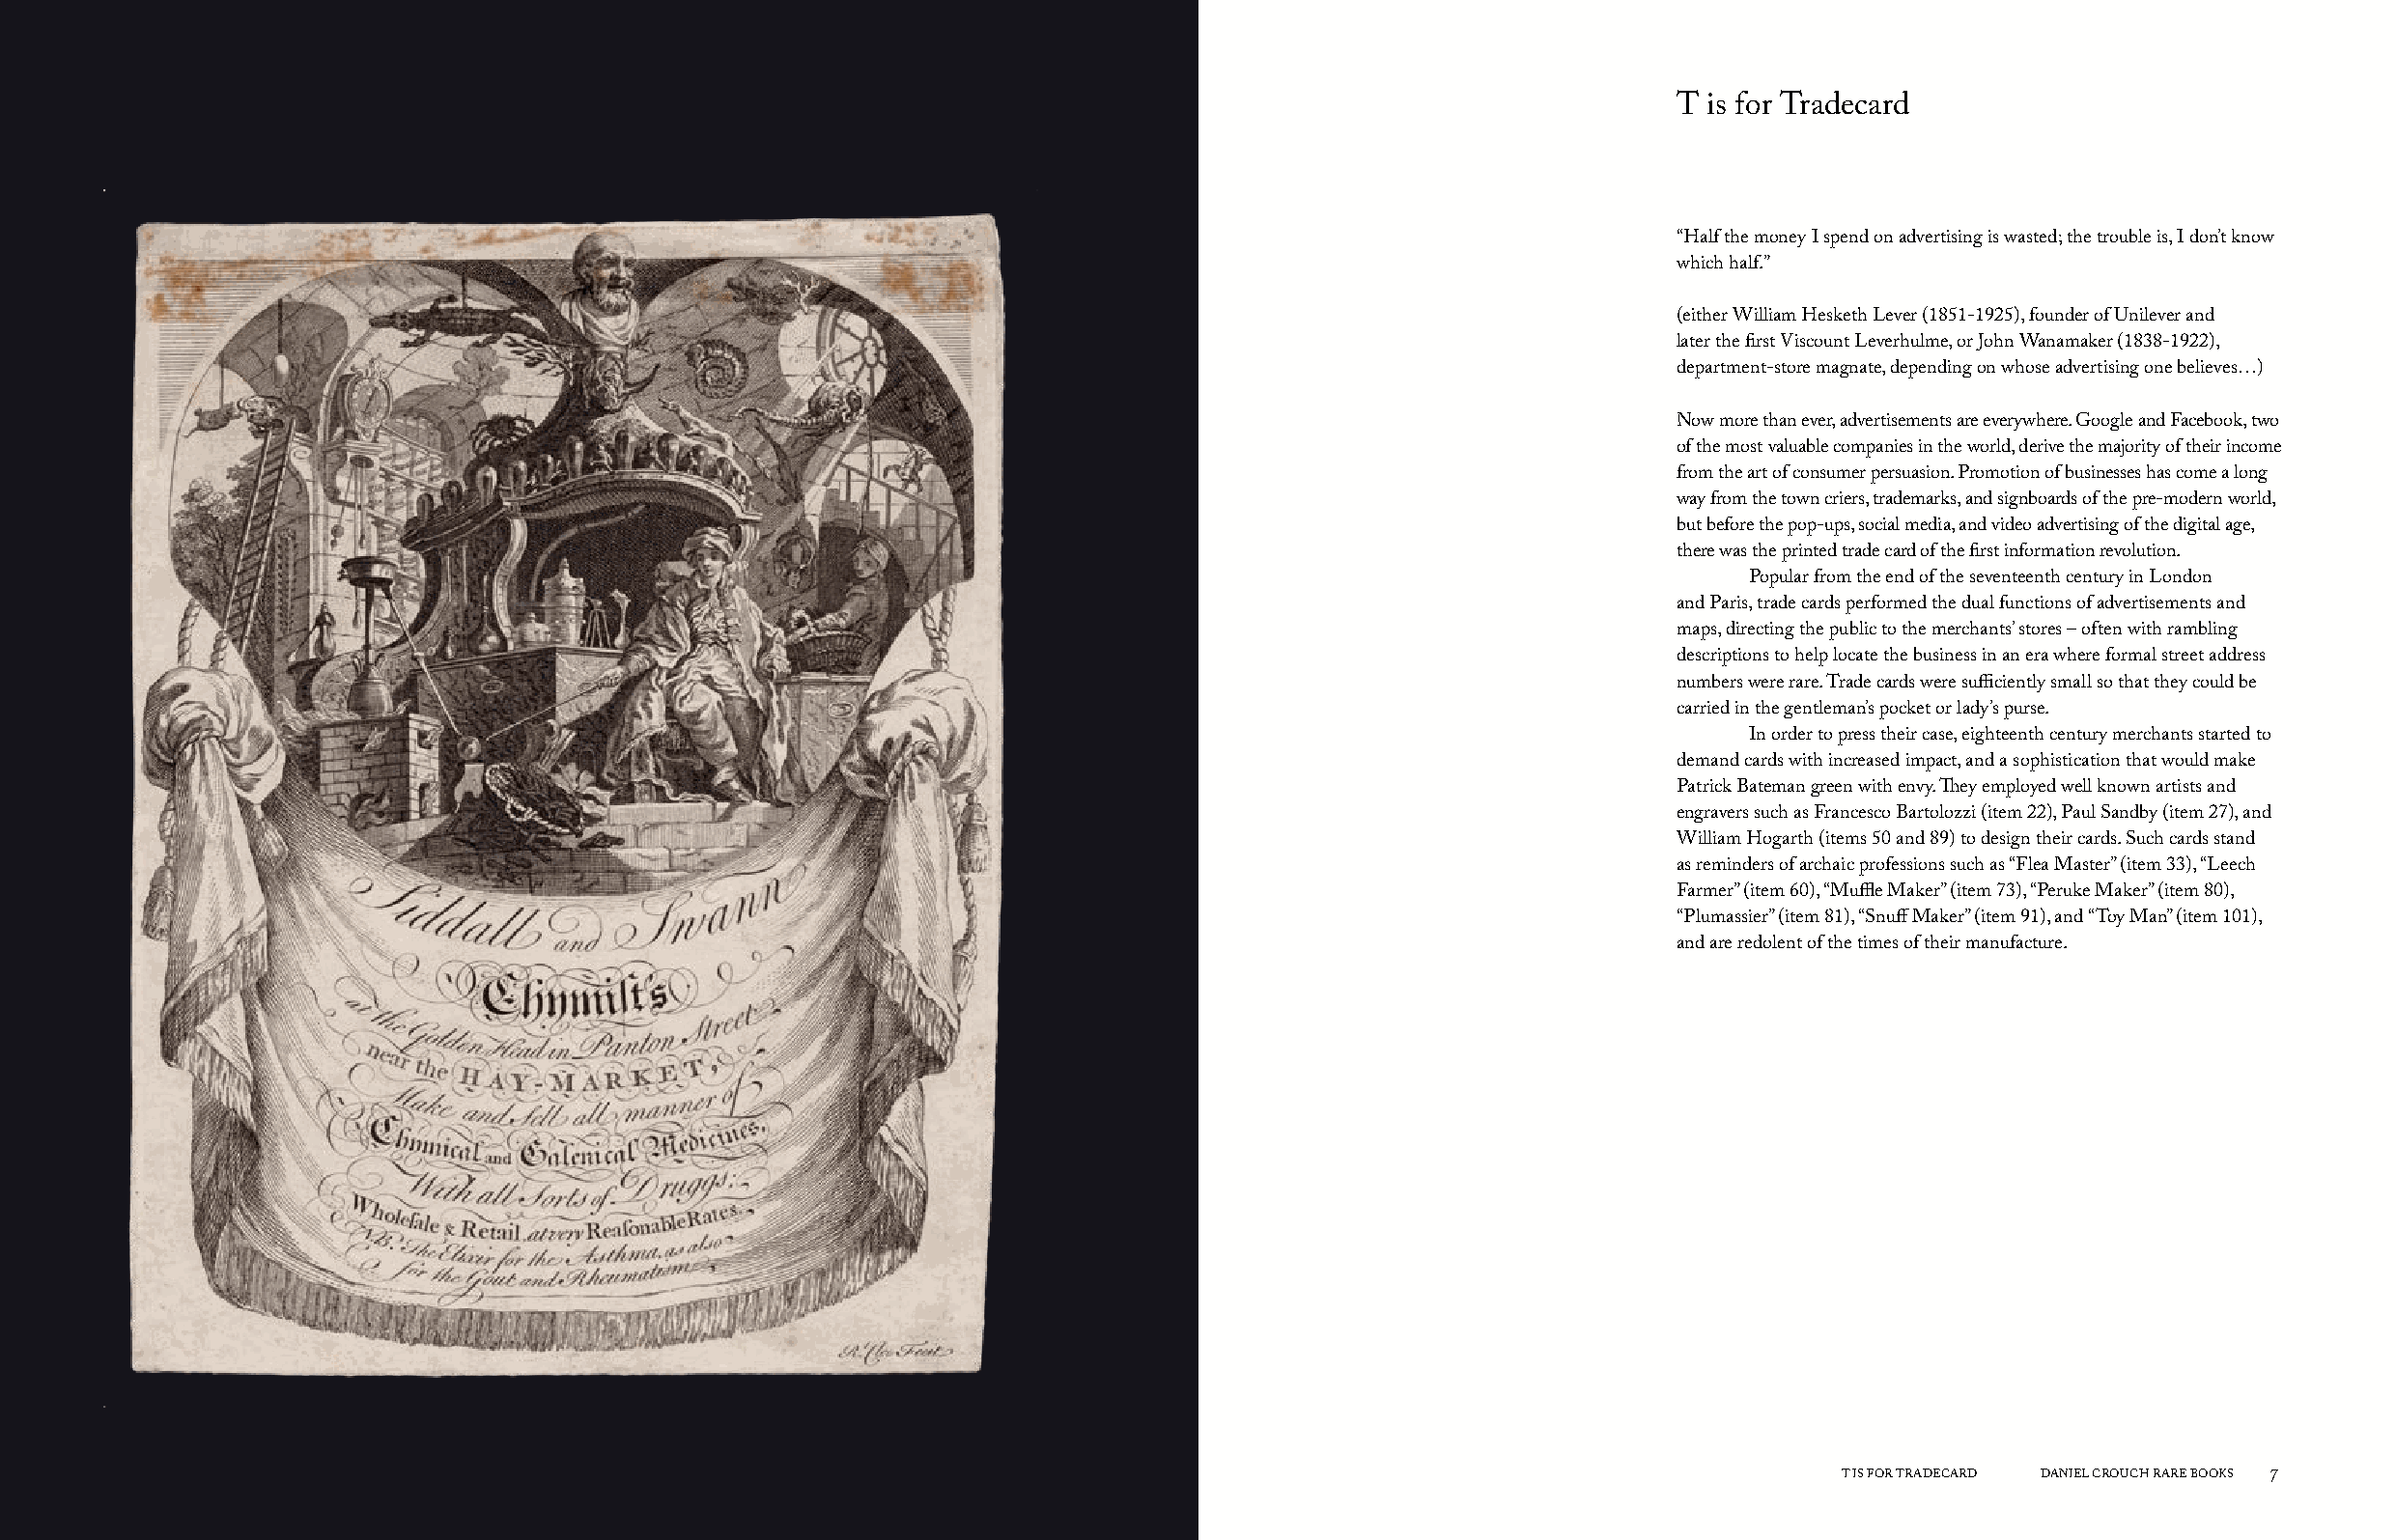
T is for Tradecard
 “Half the money I spend on advertising is wasted; the trouble is, I don’t know
 which half.”
 (either William Hesketh Lever (1851-1925), founder of Unilever and
 later the first Viscount Leverhulme, or John Wanamaker (1838-1922),
 department-store magnate, depending on whose advertising one believes…)
 Now more than ever, advertisements are everywhere. Google and Facebook, two
 of the most valuable companies in the world, derive the majority of their income
 from the art of consumer persuasion. Promotion of businesses has come a long
 way from the town criers, trademarks, and signboards of the pre-modern world,
 but before the pop-ups, social media, and video advertising of the digital age,
 there was the printed trade card of the first information revolution.
 Popular from the end of the seventeenth century in London
 and Paris, trade cards performed the dual functions of advertisements and
 maps, directing the public to the merchants’ stores – often with rambling
 descriptions to help locate the business in an era where formal street address
 numbers were rare. Trade cards were sufficiently small so that they could be
 carried in the gentleman’s pocket or lady’s purse.
 In order to press their case, eighteenth century merchants started to
 demand cards with increased impact, and a sophistication that would make
 Patrick Bateman green with envy. They employed well known artists and
 engravers such as Francesco Bartolozzi (item 22), Paul Sandby (item 27), and
 William Hogarth (items 50 and 89) to design their cards. Such cards stand
 as reminders of archaic professions such as “Flea Master” (item 33), “Leech
 Farmer” (item 60), “Muffle Maker” (item 73), “Peruke Maker” (item 80),
 “Plumassier” (item 81), “Snuff Maker” (item 91), and “Toy Man” (item 101),
 and are redolent of the times of their manufacture.
 6   DANIEL CROUCH RARE BOOKS T IS FOR TRADECARD                                                                       T IS FOR TRADECARD DANIEL CROUCH RARE BOOKS 7